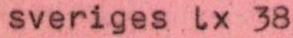
sveriges lx 38